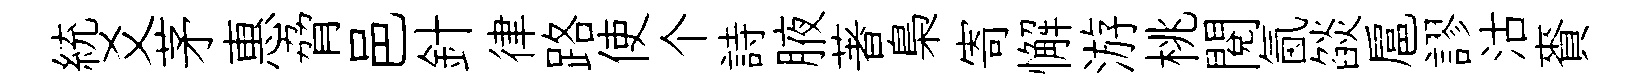
統爻茅惠脅邑針律路使个詩腋著梟寄懈游桃閱氤燄扈謬沽賚